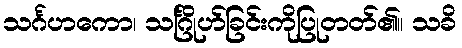
သင်္ဂဟကော၊ သင်္ဂြိုဟ်ခြင်းကိုပြုတတ်၏။ သခိ